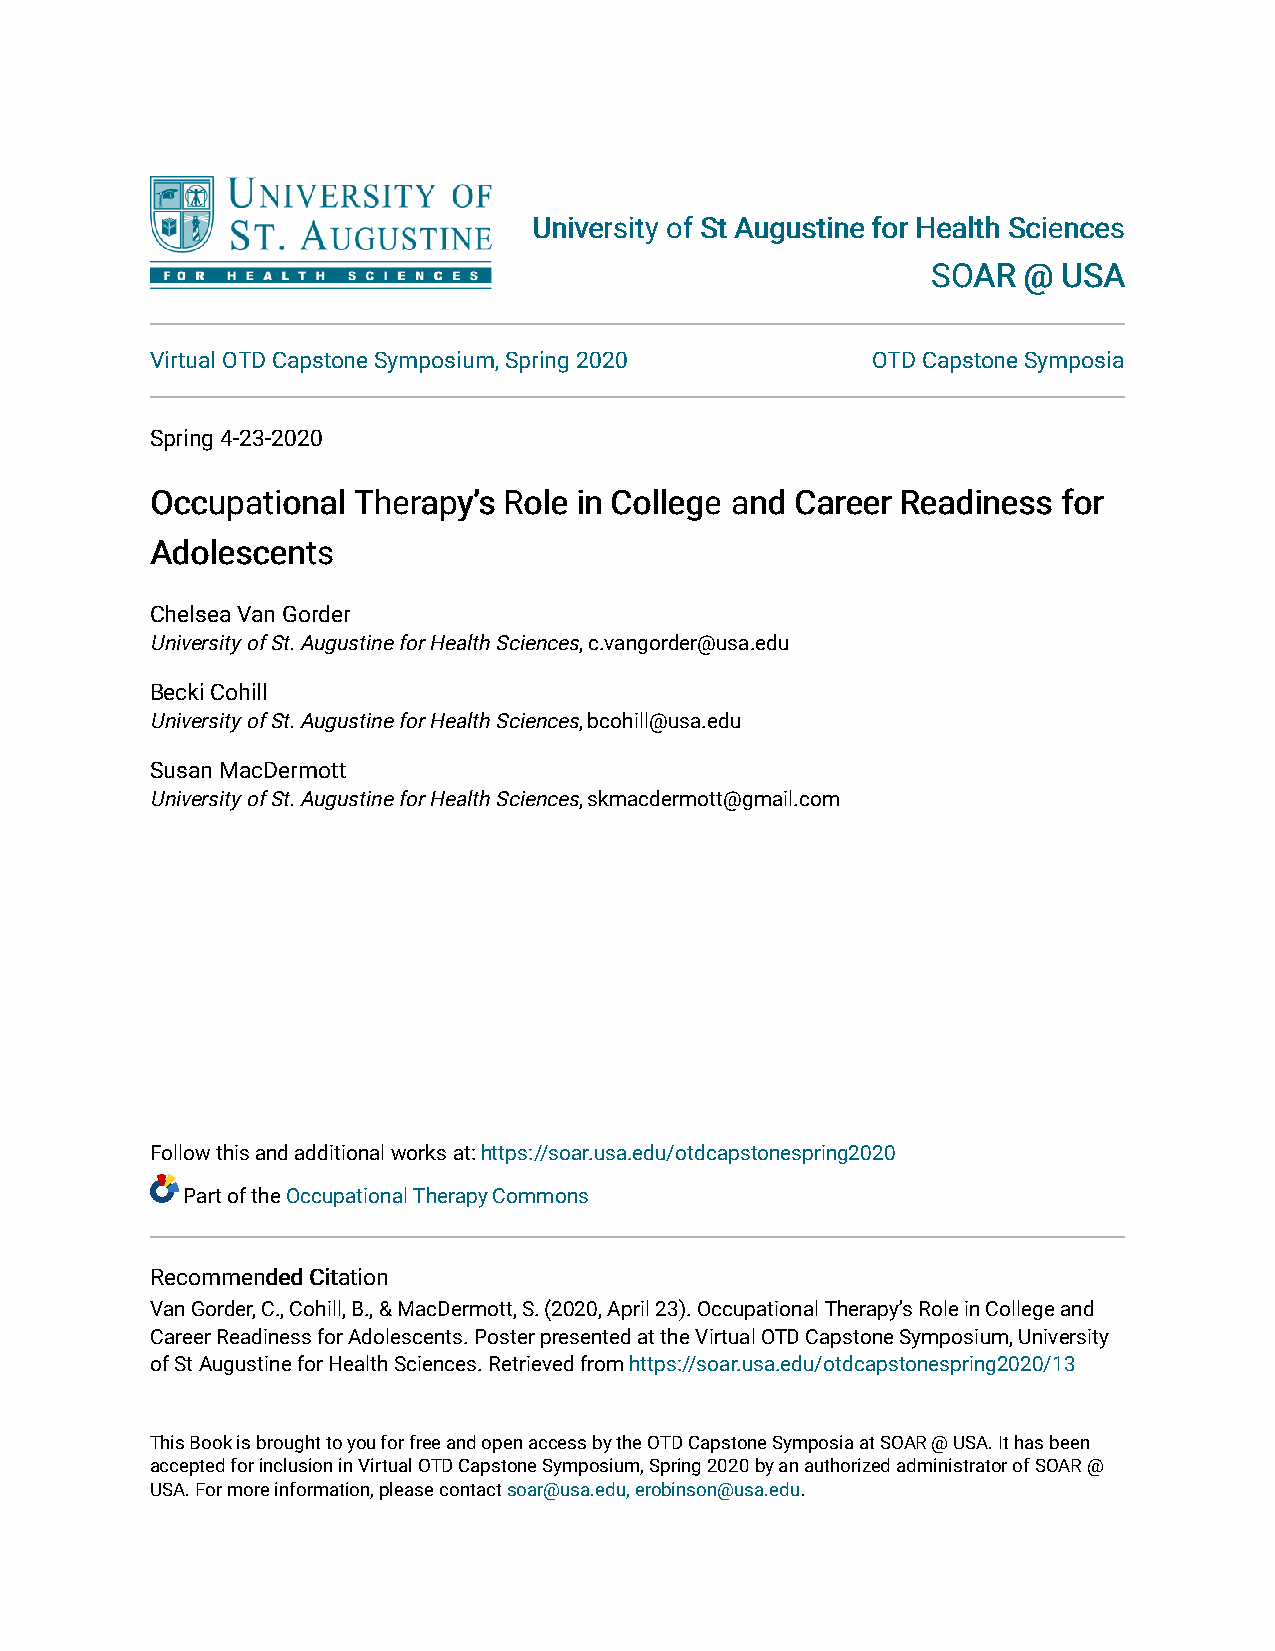
UUnniivveerrssiittyy ooff SStt AAuugguussttiinnee ffoorr HHeeaalltthh SScciieenncceess
 SSOOAARR @@ UUSSAA
 Virtual OTD Capstone Symposium, Spring 2020     OTD Capstone Symposia
 Spring 4-23-2020
 OOccccuuppaattiioonnaall TThheerraappyy’’ss RRoollee iinn CCoolllleeggee aanndd CCaarreeeerr RReeaaddiinneessss ffoorr
 AAddoolleesscceennttss
 Chelsea Van Gorder
 University of St. Augustine for Health Sciences, c.vangorder@usa.edu
 Becki Cohill
 University of St. Augustine for Health Sciences, bcohill@usa.edu
 Susan MacDermott
 University of St. Augustine for Health Sciences, skmacdermott@gmail.com
 Follow this and additional works at: https://soar.usa.edu/otdcapstonespring2020
 Part of the Occupational Therapy Commons
 RReeccoommmmeennddeedd CCiittaattiioonn
 Van Gorder, C., Cohill, B., & MacDermott, S. (2020, April 23). Occupational Therapy’s Role in College and
 Career Readiness for Adolescents. Poster presented at the Virtual OTD Capstone Symposium, University
 of St Augustine for Health Sciences. Retrieved from https://soar.usa.edu/otdcapstonespring2020/13
 This Book is brought to you for free and open access by the OTD Capstone Symposia at SOAR @ USA. It has been
 accepted for inclusion in Virtual OTD Capstone Symposium, Spring 2020 by an authorized administrator of SOAR @
 USA. For more information, please contact soar@usa.edu, erobinson@usa.edu.